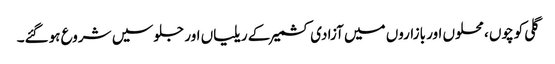
گلی کوچوں ، محلوں اور بازاروں میں آزادی کشمیر کے ریلیاں اور جلوسیں شروع ہوگئے۔